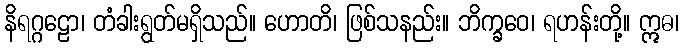
နိရဂ္ဂဠော၊ တံခါးရွတ်မရှိသည်။ ဟောတိ၊ ဖြစ်သနည်း။ ဘိက္ခဝေ၊ ရဟန်းတို့။ ဣဓ၊